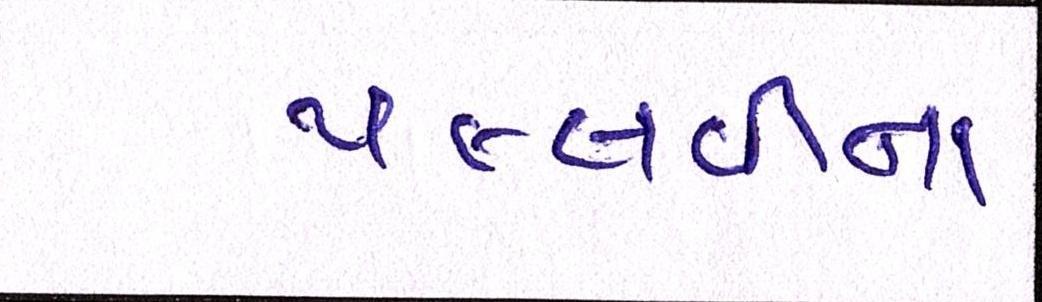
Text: પલ્લવીના